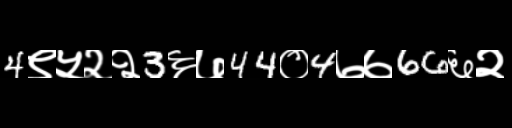
Text: 4९५२२3६७44०4७७66६२